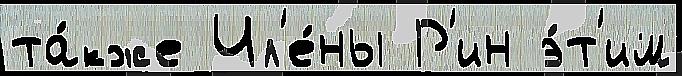
та́кже Чл'е́ны Р'ин э́т'им